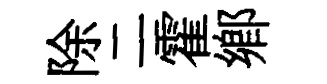
除二霍鄉